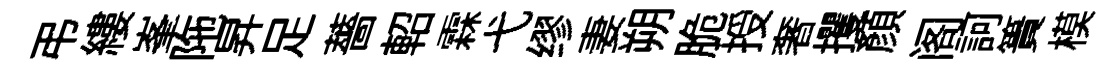
弔縷峯陁昇足薔軺霖弋缪妻朔脆授奢攫顏阁訶簣模